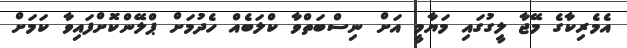
އެމެރިކާގެ މޭޖާ ލީގުގައި މަޔާމީ އަށް ނިސްބަތްވާ ކްލަބެއް ހެދުމަށް ޕްލޭންކޮށްފައިވާ ކަމަށް